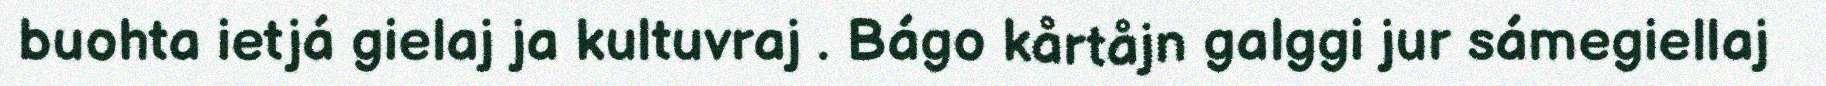
buohta ietjá gielaj ja kultuvraj . Bágo kårtåjn galggi jur sámegiellaj